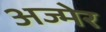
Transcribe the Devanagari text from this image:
अज्मेर